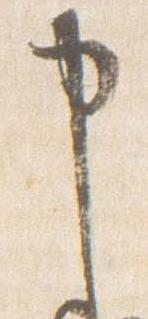
申